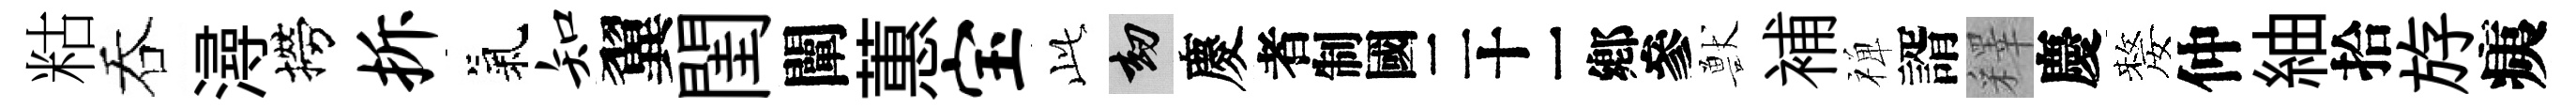
䊀吞潯撈拆氣知翼閨闡蕙宝𬼘劫慶识獸補禅諝釋慶嫠仲紬拾斿痍